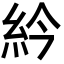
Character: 紟